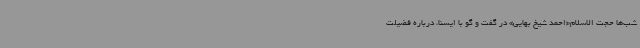
شب‌ها حجت الاسلام«احمد شیخ بهایی» در گفت و گو با ایسنا، درباره فضیلت